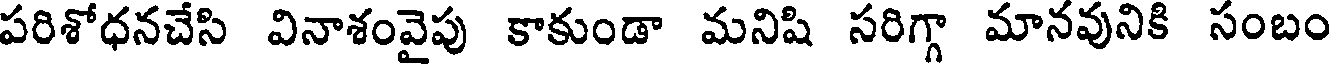
పరిశోధనచేసి వినాశంవైపు కాకుండా మనిషి సరిగ్గా మానవునికి సంబం